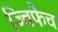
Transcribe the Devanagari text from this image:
ज्विफैच